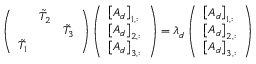
\left( \begin{array} { l l l } & { \tilde { T } _ { 2 } } & \\ & & { \tilde { T } _ { 3 } } \\ { \tilde { T } _ { 1 } } & & \end{array} \right) \left( \begin{array} { l } { \left[ A _ { d } \right] _ { 1 , : } } \\ { \left[ A _ { d } \right] _ { 2 , : } } \\ { \left[ A _ { d } \right] _ { 3 , : } } \end{array} \right) = \lambda _ { d } \left( \begin{array} { l } { \left[ A _ { d } \right] _ { 1 , : } } \\ { \left[ A _ { d } \right] _ { 2 , : } } \\ { \left[ A _ { d } \right] _ { 3 , : } } \end{array} \right)